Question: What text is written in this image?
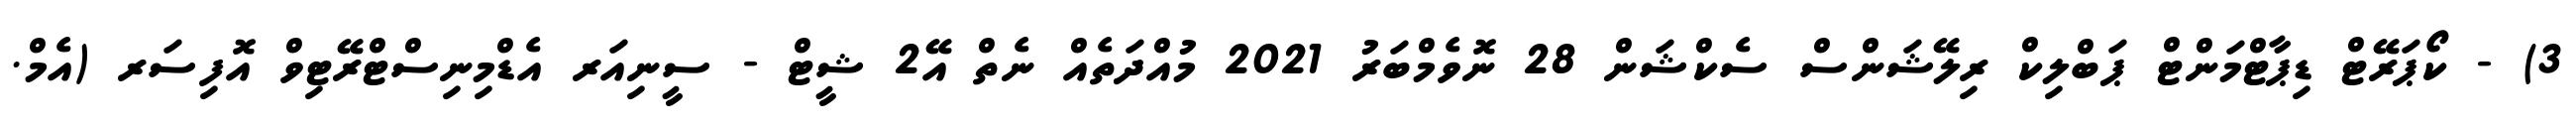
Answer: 3) - ކޯޕަރޭޓް ޑިޕާޓްމަންޓް ޕަބްލިކް ރިލޭޝަންސް ސެކްޝަން 28 ނޮވެމްބަރު 2021 މުއްދަތެއް ނެތް އޭ2 ޝީޓް - ސީނިއަރ އެޑްމިނިސްޓްރޭޓިވް އޮފިސަރ (އެމް.